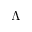
\Lambda